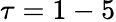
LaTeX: \tau=1-5